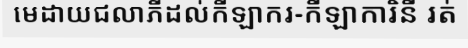
មេដាយជលាភីដល់កីឡាករ-កីឡាការិនី រត់